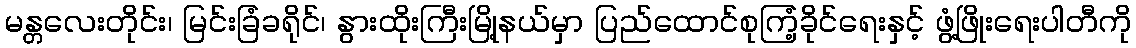
မန္တလေးတိုင်း၊ မြင်းခြံခရိုင်၊ နွားထိုးကြီးမြို့နယ်မှာ ပြည်ထောင်စုကြံ့ခိုင်ရေးနှင့် ဖွံ့ဖြိုးရေးပါတီကို